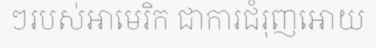
ៗរបស់អាមេរិក ជាការជំរុញអោយ